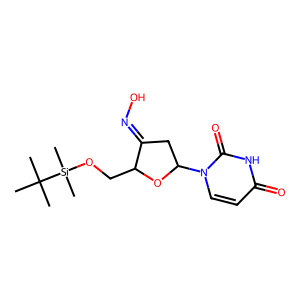
SMILES: CC(C)(C)[Si](C)(C)OCC1OC(n2ccc(=O)[nH]c2=O)CC1=NO
Inhibits HIV replication: No